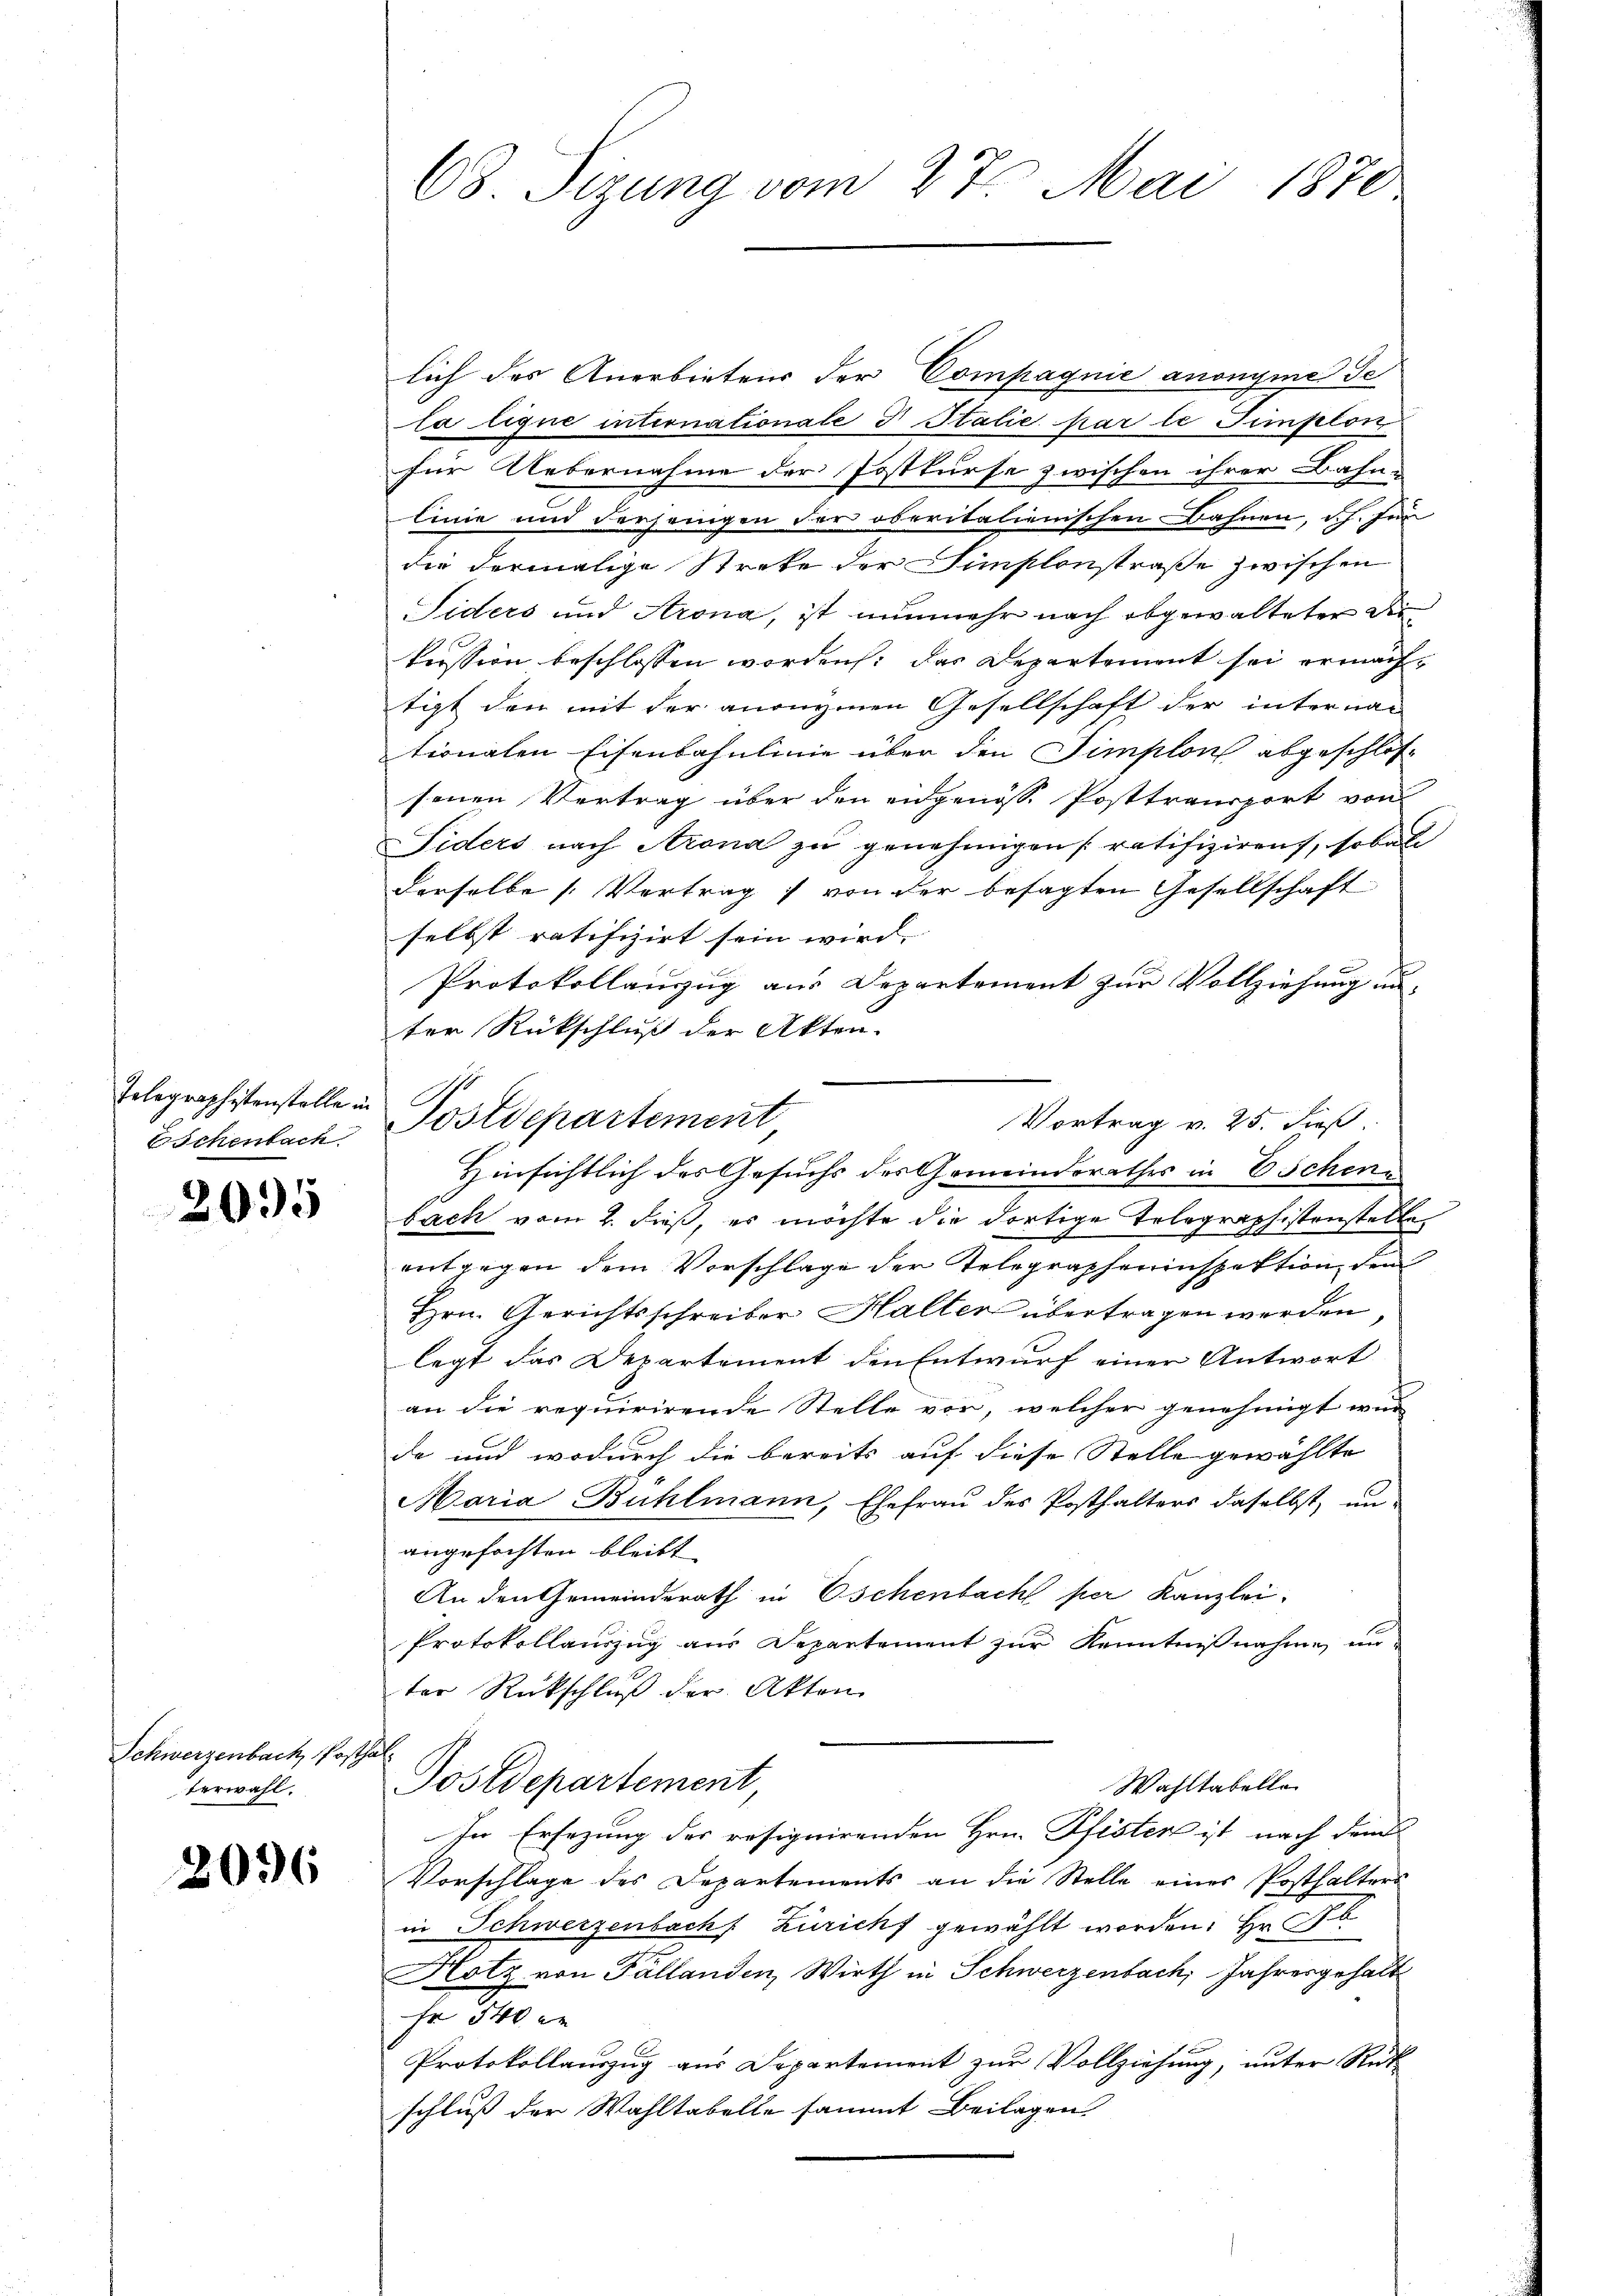
Eschenbach

2095

Schwerzenbach Posthal
terwahl.

2096

lich des Anerbietens der Compagnie anonyme de
la lique internationale d Italie par le Simplon
für Uebernahme der Postkurse zwischen ihrer Bahn-
linie und Verhängen der oberitalienischen Bahnen, ich. für
die dermalige Streke der Simplonstraße zwischen
Siders und Arona, ist nunmehr nach abgewalteter die
kression beschlossen worden: das Departement sei ermachtigt den mit der anonymen Gesellschaft der interna-
tionalen Eisenbahnlinie über den Simplon abgeschlossenen Vertrag über den eidgenöss. Posttransport von
Fiders nach Arona zu genehmigen ratifiziren, sobald
derselbe [Vertrag von der besagten Gesellschaft
selbst ratifizirt sein wird, |
Protokollanzug aus Departement zur Vollziehung un-
ter Rückschluß der Akten.
bach vom 2. dieß, es möchte die dortige Telegraphistenstalte
entgegen dem Vorschläge der Telegrapheninspektion dem
Hrn. Gerichtsschreiber Haller übertragen werden,
legt das Departement den Entwurf einer Antwort
an die requirirende Stelle vor, welcher genehmigt wur-
de und wodurch die bereits auf diese Stelle gewählte
Maria Bühlmann, Ehefrau des Posthalters daselbst, unangefochten bleibt.
An den Gemeinderath in Eschenbach per Kanzlei-
Protokollauszug aus Departement zur Kenntnißnahme un-
ter Rückschluß der Akten
Postdepartement
Wahltabelle
In Ersezung des resignirenden Hrn. Pfister ist nach dem
Vorschlage des Departements an die Stelle eines Posthalters
in Schwerzenbach Zürich gewählt worden. Hr. Ab
Hotz von Pállanden, Wirth in Schwerzenbach, Jahresgehalt
Er 540 er
Protokollauszug aus Departement zur Vollziehung, unter Rükschluß der Wahltabelle sammt Beilagen

68. Sizung vom 27. Mai 1870

Telegraphistenstelle in Postdepartement
Vortrag v. 25. dieß.
Hinsichtlich des Gesuchs des Gemeindsrathes in Eschene